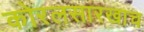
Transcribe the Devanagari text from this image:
कोरलसारखाच